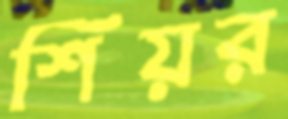
শিয়র